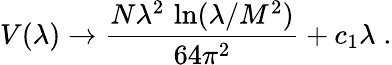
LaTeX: V(\lambda)\rightarrow\frac{N\lambda^{2}\, \ln(\lambda/M^{2})}{64\pi^{2}}+c_{1}\lambda\; .